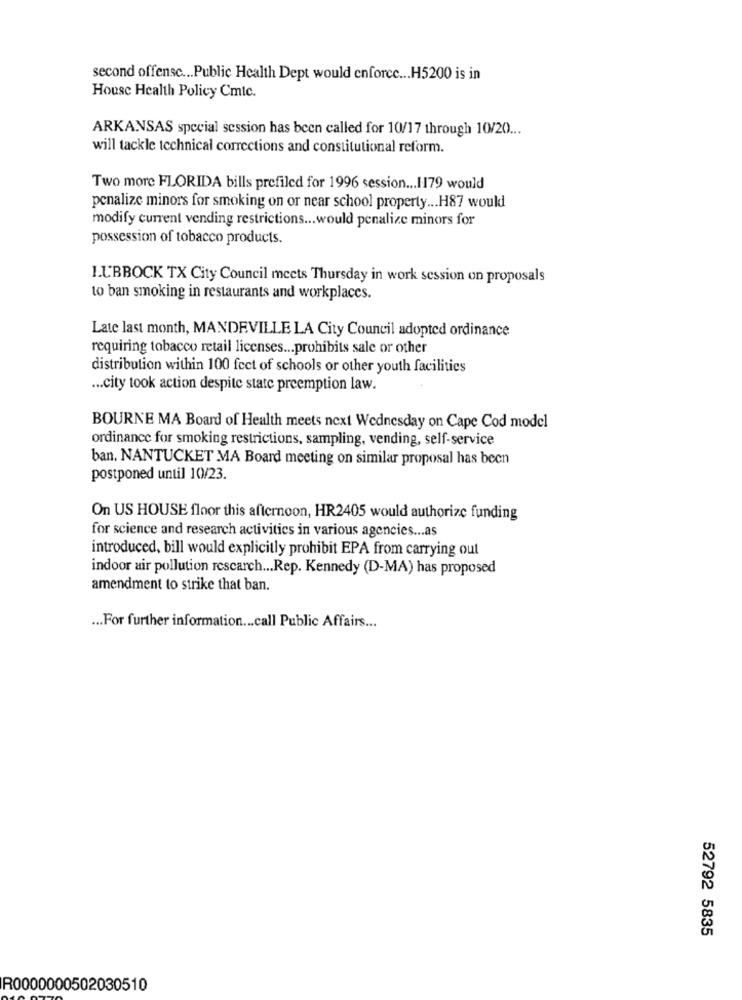
second offense ... Public Health Dept would enforce ... H5200 is in
House Health Policy Cmtc.
ARKANSAS special session has been called for 10/17 through 10/20 ...
will tackle technical corrections and constitutional reform.
Two more FLORIDA bills prefiled for 1996 session ... 1179 would
penalize minors for smoking on or near school property ... H87 would
modify current vending restrictions ... would penalize minors for
possession of tobacco products.
LUBBOCK TX City Council meets Thursday in work session on proposals
to ban smoking in restaurants and workplaces.
Late last month, MANDEVILLE LA City Council adopted ordinance
requiring tobacco retail licenses ... prohibits sale or other
distribution within 100 feet of schools or other youth facilities
... city took action despite state preemption law.
BOURNE MA Board of Health meets next Wednesday on Cape Cod model
ordinance for smoking restrictions, sampling, vending, self-service
ban, NANTUCKET MA Board meeting on similar proposal has been
postponed until 10/23.
On US HOUSE floor this afternoon, HR2405 would authorize funding
for science and research activities in various agencies ... as
introduced, bill would explicitly prohibit EPA from carrying out
indoor air pollution rescarch ... Rep. Kennedy (D-MA) has proposed
amendment to strike that ban.
... For further information ... call Public Affairs ...
52792 5835
R0000000502030510